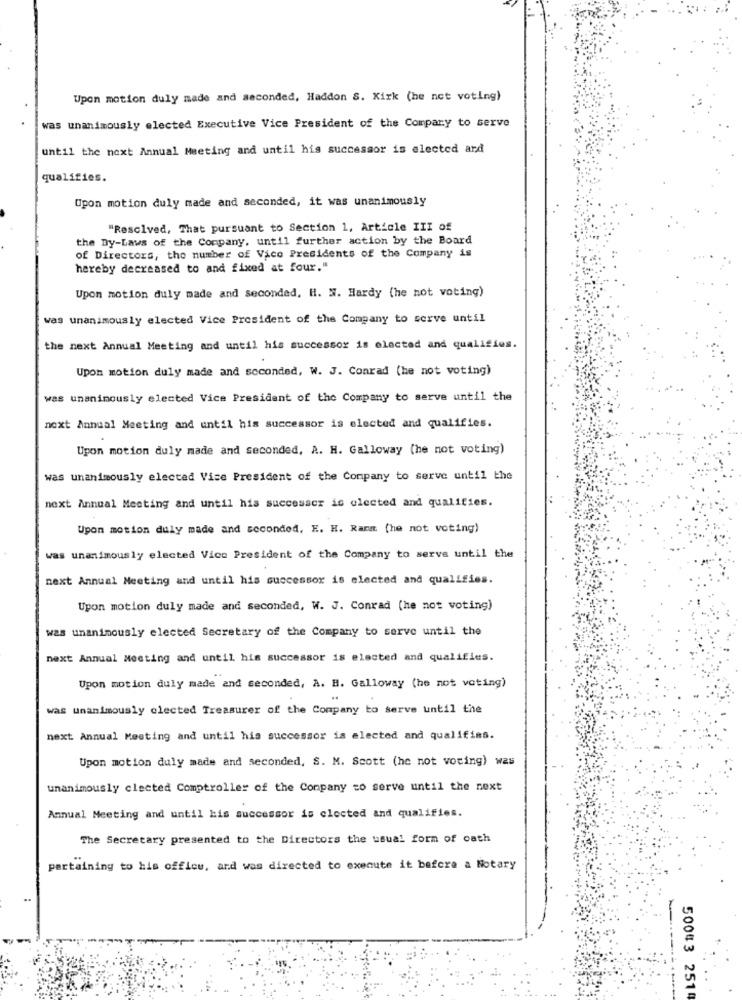
Upon motion duly made and seconded, Haddon S. Kirk (he not voting)
was unanimously elected Executive Vice President of the Company to serve
until the next Annual Meeting and until his successor is elected ard
qualifies.
Upon motion duly made and seconded, it was unanimously
"Resolved, That pursuant to Section 1, Article III of
the By-Laws of the Company, until further action by the Board
of Directors, the number of Vice Presidents of the Company is
hereby decreased to and fixed at four."
Upon motion duly made and seconded. H. W. Hardy (he not voting)
was unanimously elected Vice President of the Company to serve until
the next Annual Meeting and until his successor is elected and qualifies.
Upon motion duly made and scconded, W. J. Conrad (he not voting)
was unanimously elected Vice President of the Company to serve until the
next Annual Meeting and until his successor is elected and qualifies.
Upon motion duly made and seconded, A. H. Galloway (he not voting)
was unanimously elected Vice President of the Company to serve until the
next Annual Meeting and until his successcr is elected and qualifies.
Upon motion duly made and seconded, E. H. Ranm (he not voting)
was unanimously elected Vice President of the Company to serve until the
next Annual Meeting and until his successor is elected and qualifies.
Upon motion duly made and seconded, W. J. Conrad (he not voting)
was unanimously elected Secretary of the Company to serve until the
next Annual Meeting and until his successor is elected and qualifies.
Upon motion duly made and seconded, A. H. Galloway (he not voting)
was unanimously elected Treasurer of the Company to serve until the
next Annual Meeting and until his successor is elected and qualifies.
Upon motion duly made and seconded, S. M. Scott (he not voting) was
unanimously clected Comptroller of the Company co serve until the next
Annual Meeting and until his successor is clocted and qualifies.
The Secretary presented to the Directors the usual form of cath
pertaining to his office, and was directed to execute it before a Notary
50043 2514